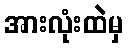
အားလုံးထဲမှ